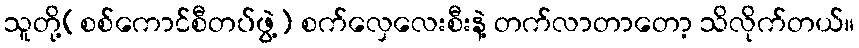
သူတို့(စစ်ကောင်စီတပ်ဖွဲ့) စက်လှေလေးစီးနဲ့ တက်လာတာတော့ သိလိုက်တယ်။